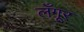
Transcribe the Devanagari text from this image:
लँगूर